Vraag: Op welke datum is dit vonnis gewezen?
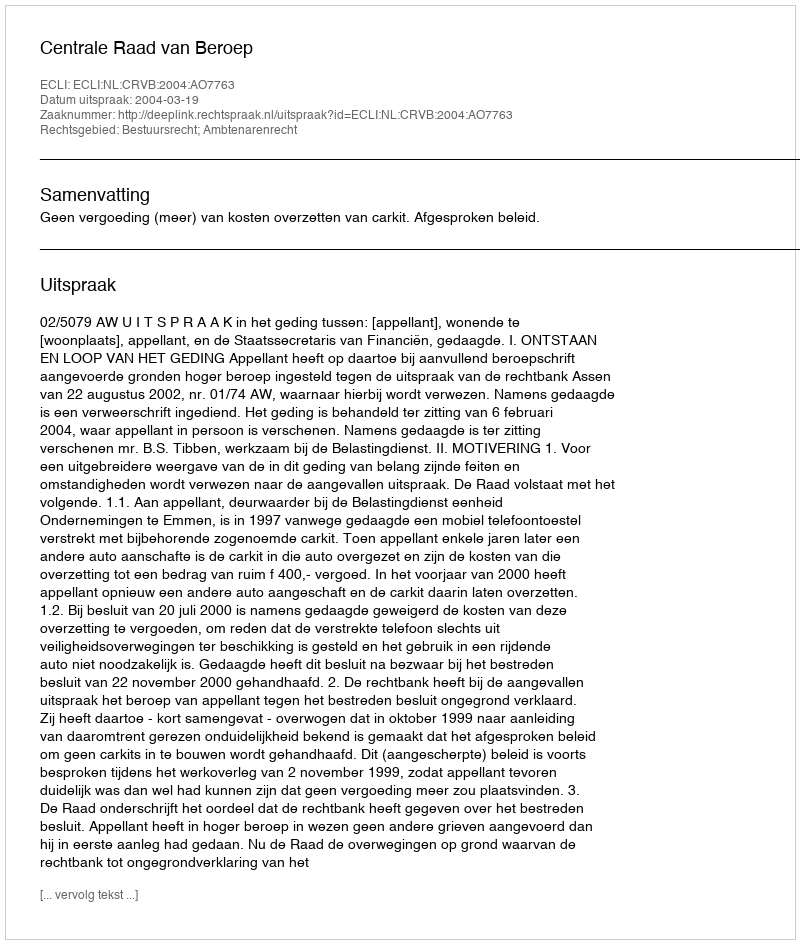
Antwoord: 2004-03-19